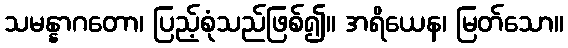
သမန္နာဂတော၊ ပြည့်စုံသည်ဖြစ်၍။ အရိယေန၊ မြတ်သော။